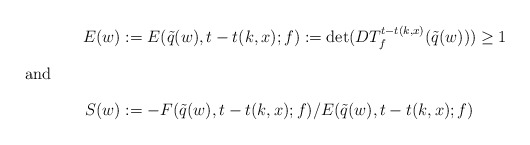
\begin{align*}E(w)&:=E(\tilde{q}(w),t-t(k,x);f):=\det (DT_f^{t-t(k,x)}(\tilde{q}(w)))\ge 1\intertext{and} S(w)&:=-F(\tilde{q}(w),t-t(k,x);f)/E(\tilde{q}(w),t-t(k,x);f)\end{align*}